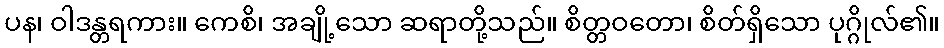
ပန၊ ဝါဒန္တရကား။ ကေစိ၊ အချို့သော ဆရာတို့သည်။ စိတ္တဝတော၊ စိတ်ရှိသော ပုဂ္ဂိုလ်၏။